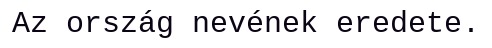
Az ország nevének eredete.